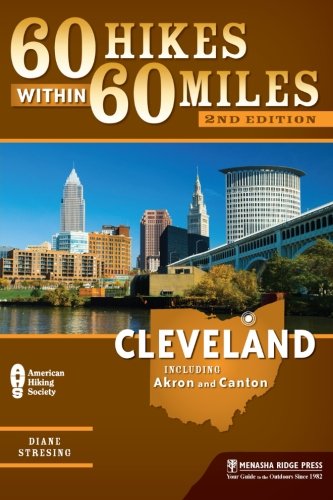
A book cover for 60 Hikes Within 60 Miles: Cleveland: Including Akron and Canton; Diane Stresing; Travel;